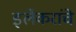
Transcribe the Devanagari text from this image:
इर्लेकरांचे